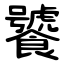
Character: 饕